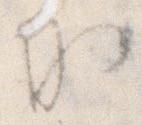
か